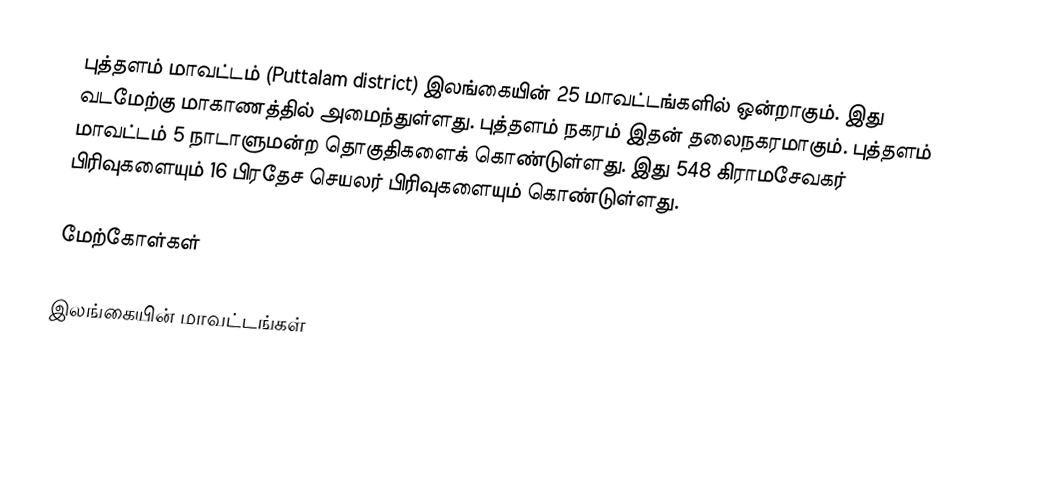
புத்தளம் மாவட்டம் (Puttalam district) இலங்கையின் 25 மாவட்டங்களில் ஒன்றாகும். இது வடமேற்கு மாகாணத்தில் அமைந்துள்ளது. புத்தளம் நகரம் இதன் தலைநகரமாகும்.  புத்தளம் மாவட்டம் 5 நாடாளுமன்ற தொகுதிகளைக் கொண்டுள்ளது. இது 548  கிராமசேவகர் பிரிவுகளையும் 16 பிரதேச செயலர் பிரிவுகளையும் கொண்டுள்ளது.

மேற்கோள்கள்

இலங்கையின் மாவட்டங்கள்